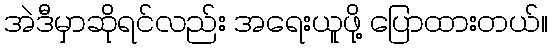
အဲဒီမှာဆိုရင်လည်း အရေးယူဖို့ ပြောထားတယ်။